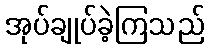
အုပ်ချုပ်ခဲ့ကြသည်